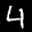
Label: 4